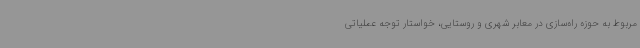
مربوط به حوزه راه‌سازی در معابر شهری و روستایی، خواستار توجه عملیاتی